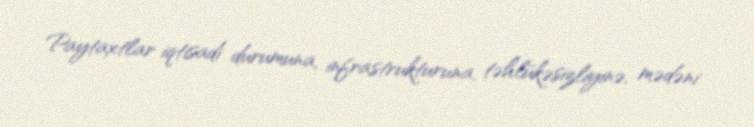
Paytaxtlar iqtisadi durumuna, infrastrukturuna, təhlükəsizliyinə, mədəni